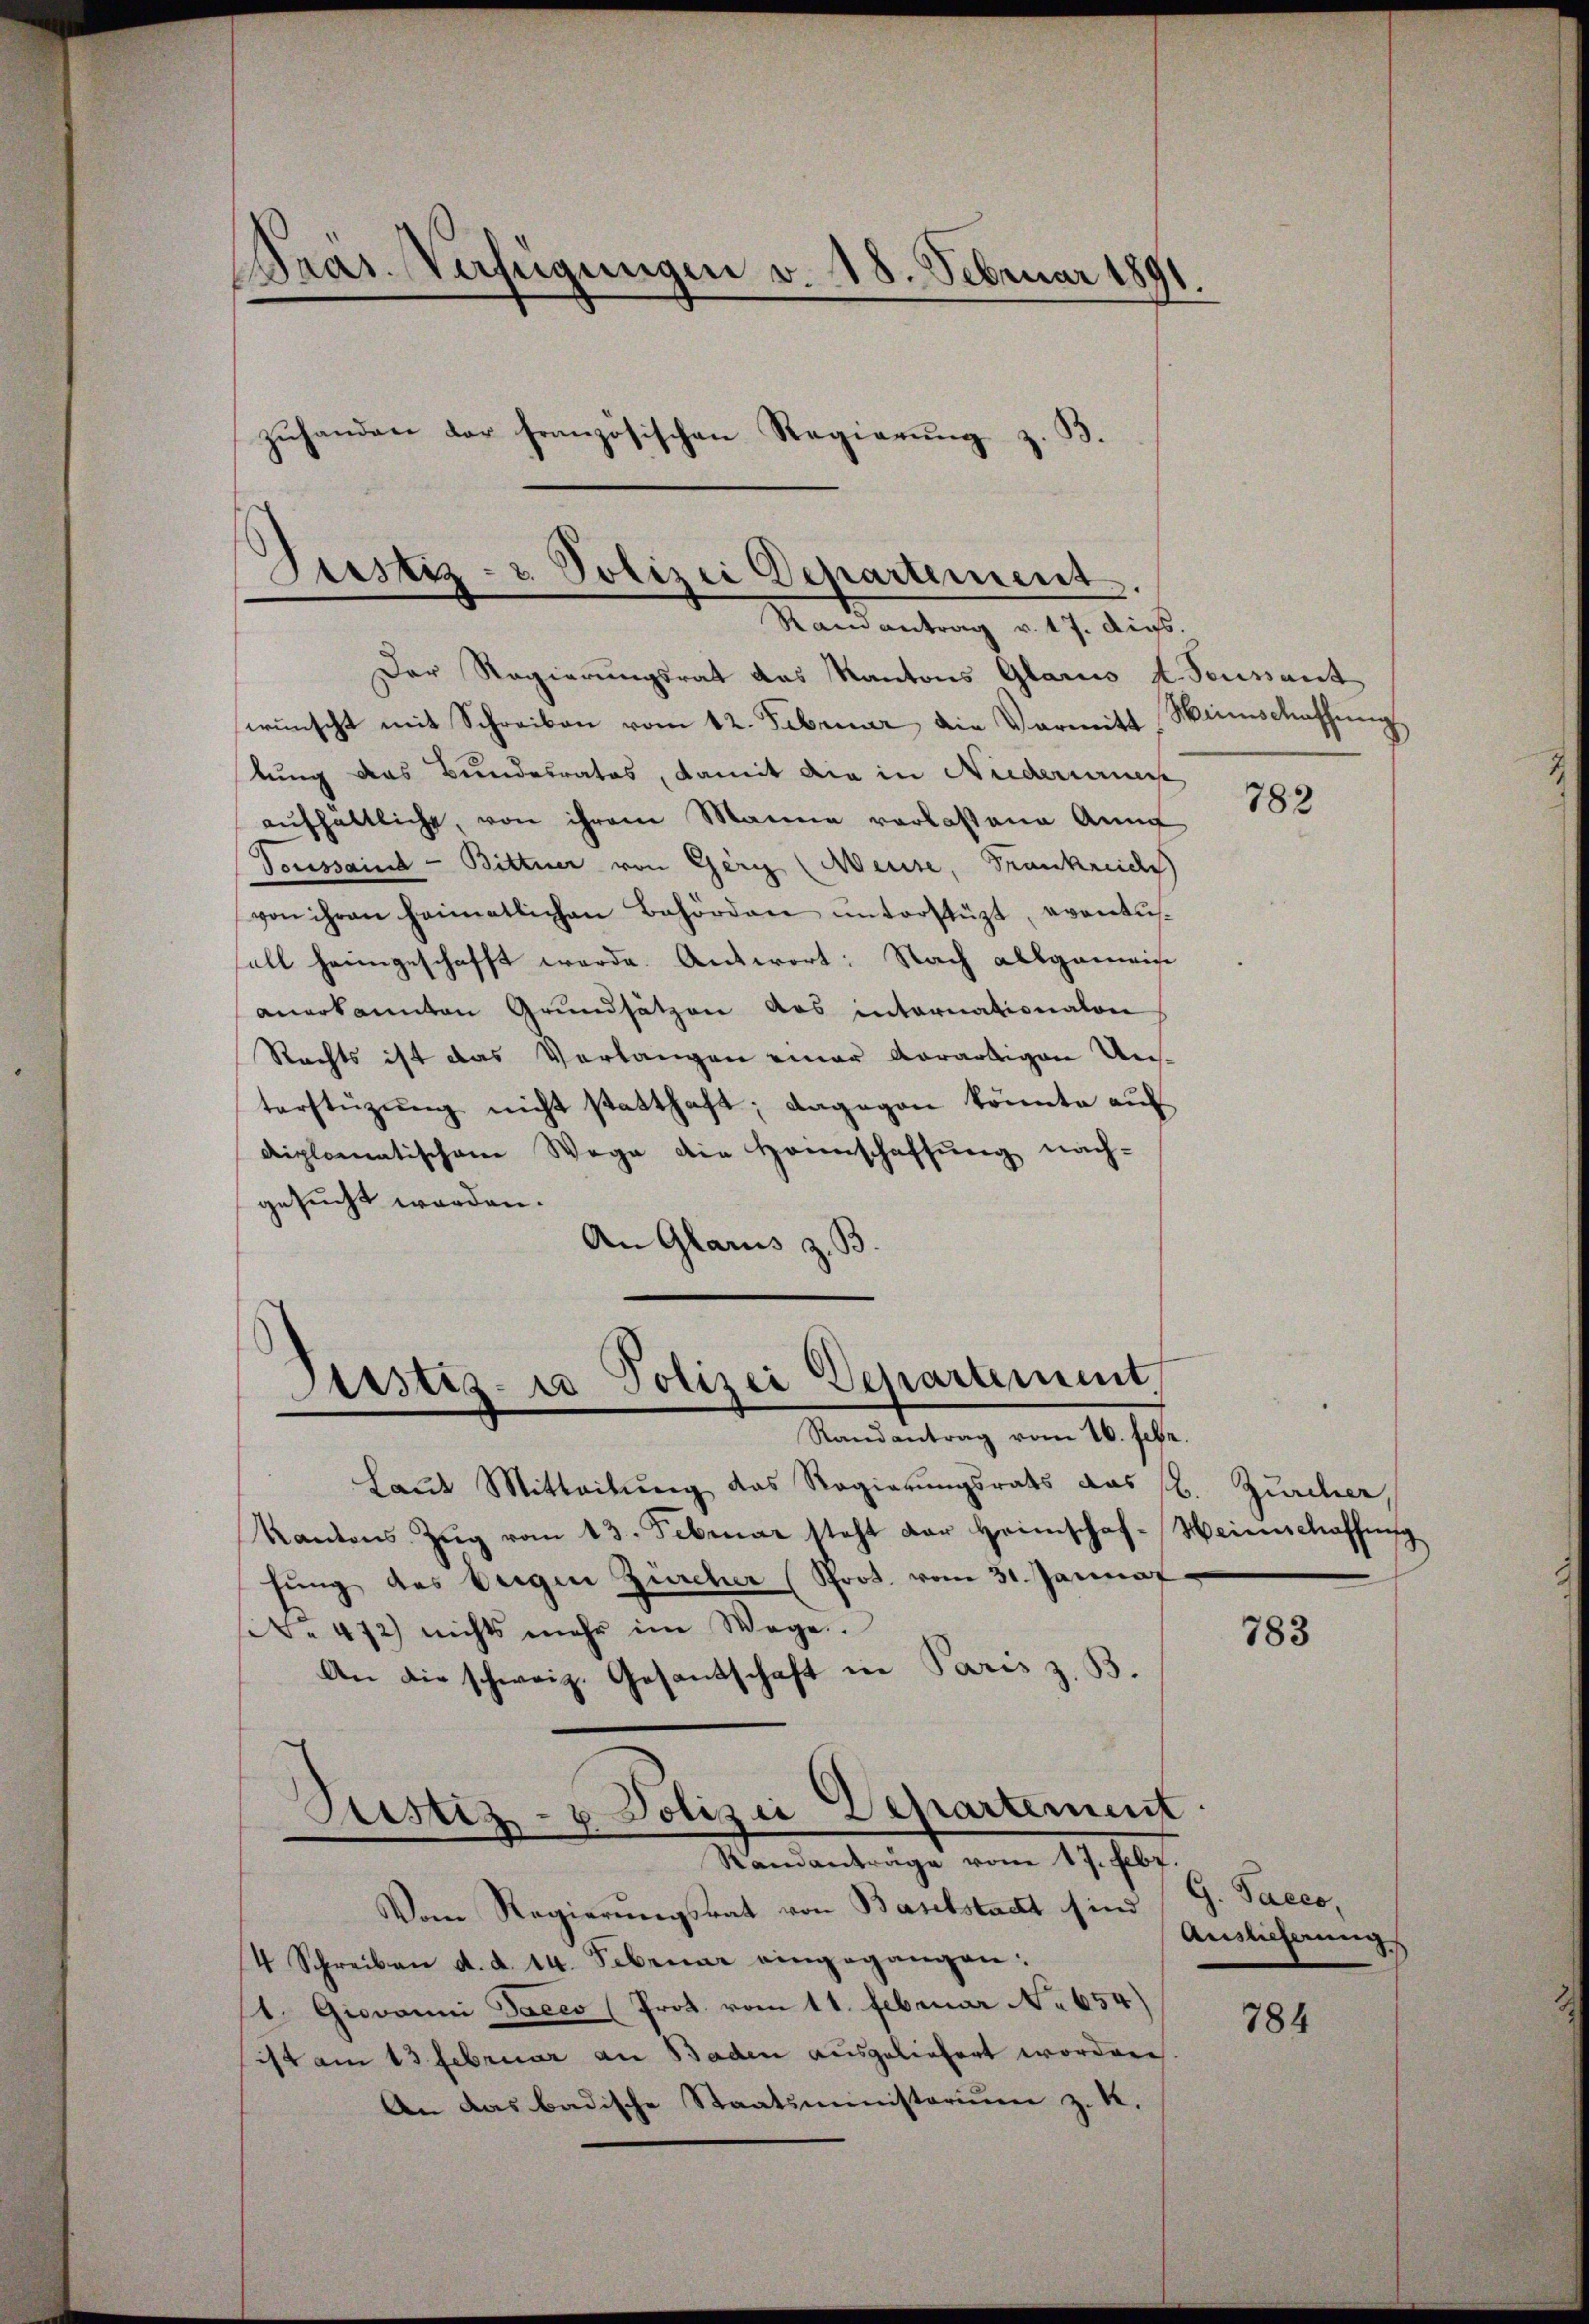
Präs. Verfügungen v. 18. Februar 1891
zŭhanden der französischen Regierŭng z. B.

Justiz- u. Polizei Departement
Ramantrag v. 17. Digs.

Der Regierungsrat das Kantons Glarus d. Feussant
wünscht mit Schreiben vom 12. Februar, die Vormitt
lung das Bundesrates, damit die in Niederungs
aŭfhaltliche, von ihrem Marina verlassene Annu
Toussaind - Bittner von Gerg (Weise, Frankreiche
von ihren heimatlichen Behörden ŭnterstüzt, eventusall heimgeschafft werde. Antwort: Nach allgemein
anerkannten Grundsätzen das internationalen
Rechts ist das Verlangen einer derartigen Unterstüzung nicht statthaft; dagegen könnte auf
diplomatischem Wege die Heimschaffŭng nach-
gesucht werden.
An Glarus z. B.
Randantrag vom 16. Febr.
Laut Mitteilung das Regierungsrats das l. Zürcher,
Kantons Zŭg vom 13. Februar steht der Heimschaf-Weinschaffung
fŭng des beigen Zürcher (Prot. vom 31. Januar
No 472) nichts mehr im Wege.
An die schweiz. Gesantschaft in Paris z. B.
Justiz- & Polizei Departement
Randanträge vom 17. Febr.
Vom Regierungsrat von Baselstadt sind
4 Schreiben d. d. 14. Februar eingegangen:
(1. Giovanni Dacco (Prot. vom 11. Februar No 654)
ist am 13 Februar an Baden ausgeliefert worden
An das badische Staatsministorium z. K.

Justiz- u Polizei Departement

Weinschaffung

782

783

G. Sacco,
Auslieferung

784